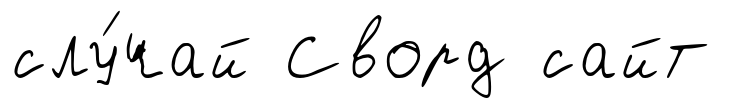
слу́чай Сворд сайт